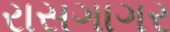
રાસગાગર